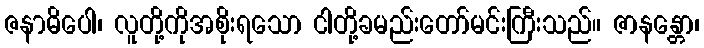
ဇနာဓိပေါ၊ လူတို့ကိုအစိုးရသော ငါတို့ခမည်းတော်မင်းကြီးသည်။ ဇာနန္တော၊